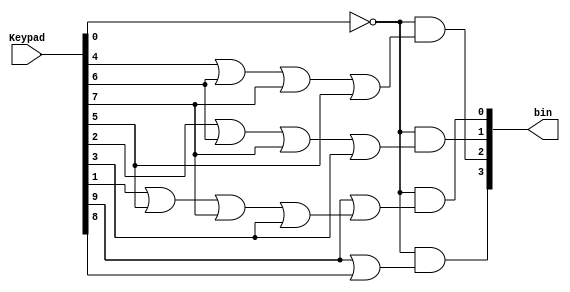
// Copyright (C) 2020  Intel Corporation. All rights reserved.
// Your use of Intel Corporation's design tools, logic functions 
// and other software and tools, and any partner logic 
// functions, and any output files from any of the foregoing 
// (including device programming or simulation files), and any 
// associated documentation or information are expressly subject 
// to the terms and conditions of the Intel Program License 
// Subscription Agreement, the Intel Quartus Prime License Agreement,
// the Intel FPGA IP License Agreement, or other applicable license
// agreement, including, without limitation, that your use is for
// the sole purpose of programming logic devices manufactured by
// Intel and sold by Intel or its authorized distributors.  Please
// refer to the applicable agreement for further details, at
// https://fpgasoftware.intel.com/eula.

// PROGRAM		"Quartus Prime"
// VERSION		"Version 20.1.1 Build 720 11/11/2020 SJ Lite Edition"
// CREATED		"Wed Dec 01 21:32:12 2021"

module Decimal_to_binary(
	Keypad,
	bin
);


input wire	[9:0] Keypad;
output wire	[3:0] bin;

wire	[3:0] Bin_ALTERA_SYNTHESIZED;
wire	SYNTHESIZED_WIRE_9;
wire	SYNTHESIZED_WIRE_1;
wire	SYNTHESIZED_WIRE_3;
wire	SYNTHESIZED_WIRE_5;
wire	SYNTHESIZED_WIRE_7;
wire	SYNTHESIZED_WIRE_8;




assign	SYNTHESIZED_WIRE_5 = Keypad[4] | Keypad[6] | Keypad[7] | Keypad[5];

assign	SYNTHESIZED_WIRE_3 = Keypad[2] | Keypad[6] | Keypad[7] | Keypad[3];

assign	SYNTHESIZED_WIRE_8 = Keypad[1] | Keypad[5] | Keypad[7] | Keypad[3];

assign	SYNTHESIZED_WIRE_7 = Keypad[9] | Keypad[8];

assign	SYNTHESIZED_WIRE_9 =  ~Keypad[0];

assign	Bin_ALTERA_SYNTHESIZED[0] = SYNTHESIZED_WIRE_9 & SYNTHESIZED_WIRE_1;

assign	Bin_ALTERA_SYNTHESIZED[1] = SYNTHESIZED_WIRE_9 & SYNTHESIZED_WIRE_3;

assign	Bin_ALTERA_SYNTHESIZED[2] = SYNTHESIZED_WIRE_9 & SYNTHESIZED_WIRE_5;

assign	Bin_ALTERA_SYNTHESIZED[3] = SYNTHESIZED_WIRE_9 & SYNTHESIZED_WIRE_7;

assign	SYNTHESIZED_WIRE_1 = Keypad[9] | SYNTHESIZED_WIRE_8;

assign	bin = Bin_ALTERA_SYNTHESIZED;

endmodule